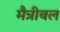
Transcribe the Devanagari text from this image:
मैत्रीबल